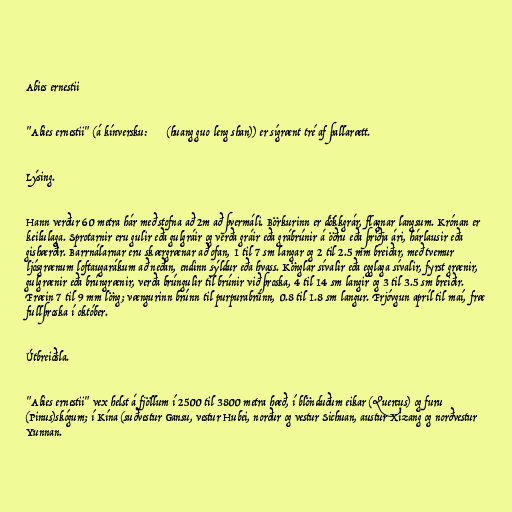
Abies ernestii

"Abies ernestii" (á kínversku: 黄果冷杉 (huang guo leng shan)) er sígrænt tré af þallarætt.

Lýsing.

Hann verður 60 metra hár með stofna að 2m að þvermáli. Börkurinn er dökkgrár, flagnar langsum. Krónan er
keilulaga. Sprotarnir eru gulir eða gulgráir og verða gráir eða grábrúnir á öðru eða þriðja ári, hárlausir eða
gishærðir. Barrnálarnar eru skærgrænar að ofan, 1 til 7 sm langar og 2 til 2.5 mm breiðar, með tvemur
ljósgrænum loftaugarákum að neðan, endinn sýldur eða hvass. Könglar sívalir eða egglaga sívalir, fyrst grænir,
gulgrænir eða brúngrænir, verða brúngulir til brúnir við þroska, 4 til 14 sm langir og 3 til 3.5 sm breiðir.
Fræin 7 til 9 mm löng; vængurinn brúnn til purpurabrúnn, 0.8 til 1.8 sm langur. Frjóvgun apríl til maí, fræ
fullþroska í október.

Útbreiðsla.

"Abies ernestii" vex helst á fjöllum í 2500 til 3800 metra hæð, í blönduðum eikar (Quercus) og furu
(Pinus)skógum; í Kína (suðvestur Gansu, vestur Hubei, norður og vestur Sichuan, austur Xizang og norðvestur
Yunnan.